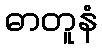
ဓာတူနံ